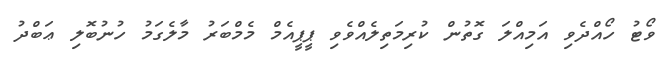
ވޯޓު ހޯއްދެވި އަމިއްލަ ގޮތުން ކުރިމަތިލެއްވެވި ޕީޕީއެމް މެމްބަރު މާލެގަމު ހުނުބޮލި ޢަބްދު